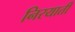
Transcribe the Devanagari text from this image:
निरयाती